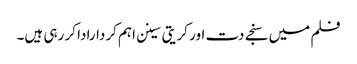
فلم میں سنجے دت اور کریتی سینن اہم کردارادا کر رہی ہیں۔